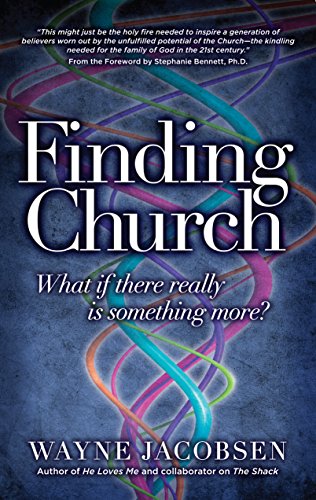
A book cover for Finding Church: What If There Really Is Something More?; Wayne Jacobsen; Christian Books & Bibles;